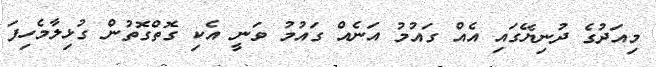
މިއަދުގެ ދުނިޔޭގައި އެއް ގައުމު އަނެއް ގައުމު ވަނީ އެކި ގޮތްގޮތުން ގުޅިލާމެހިފަ